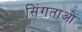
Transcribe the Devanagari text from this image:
सिंगताओं